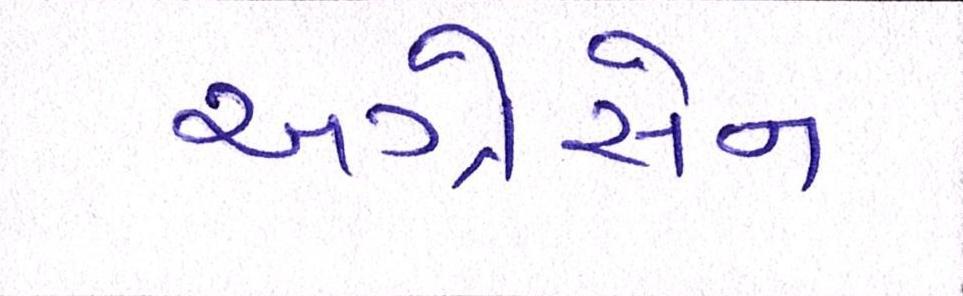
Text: અગ્રેસેન